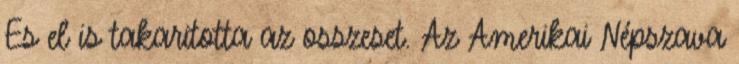
Es el is takaritotta az osszeset. Az Amerikai Népszava